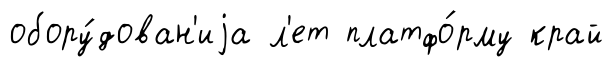
обору́дован'иjа л'ет платфо́рму край